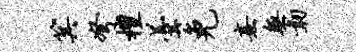
箕弩檀羹免熹无韧